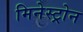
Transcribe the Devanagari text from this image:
मिनेस्ट्रोन